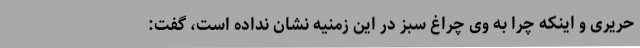
حریری و اینکه چرا به وی چراغ سبز در این زمنیه نشان نداده است، گفت: